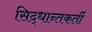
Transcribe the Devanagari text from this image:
सिद्धान्तकर्ती